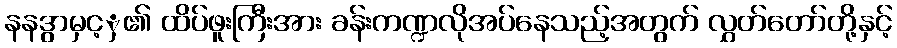
နနဒွာမှင့ှ၏ ထိပ်ဖူးကြီးအား ခန်းကဏ္ဍလိုအပ်နေသည့်အတွက် လွှတ်တော်တို့နှင့်